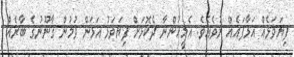
ފިޔަވަޅެއް އަޅާފައެއް ނުވެއެވެ. އެެމީހުންނާ ދެކޮޅަށް ފިޔަވަޅު އަޅަން ވުމުން ގާނޫނުގެ ބާރެއް